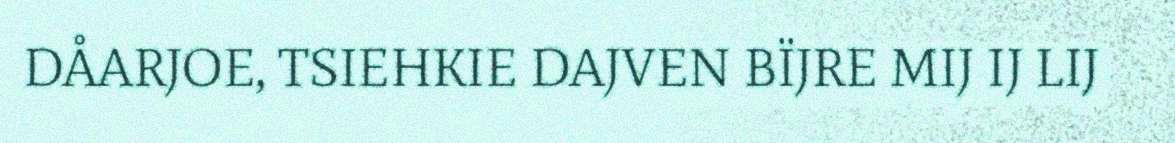
DÅARJOE, TSIEHKIE DAJVEN BÏJRE MIJ IJ LIJ